Civil Veterinary Department Bihar & Orissa reports 1922-29 - 1922-1929
Year: 1922
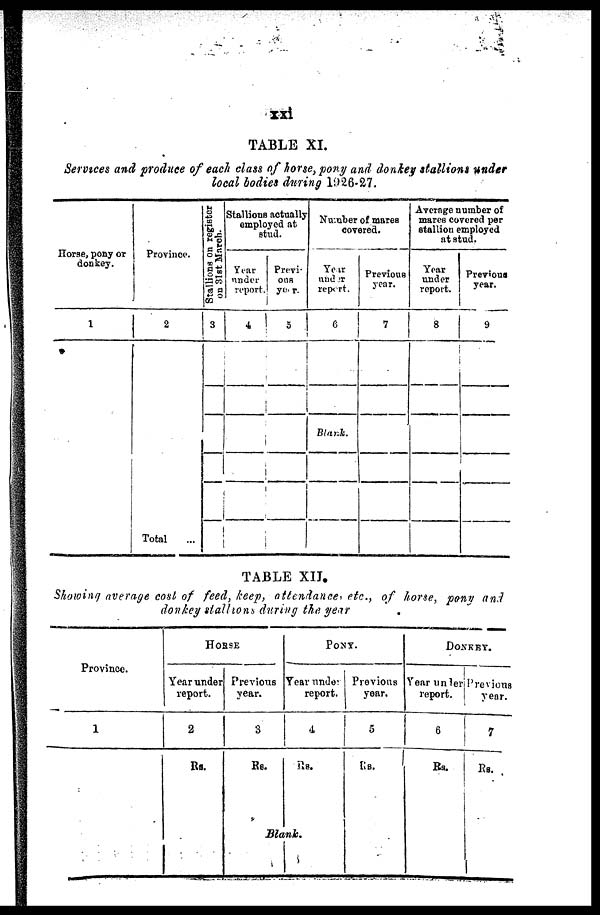
TABLE XI.
Services and produce of each class of horse, pony and donkey stallions under
local bodies during 1926-27.
Horse, pony or
donkey.
1
Province.
2
Total ...
Stallions on register
on 31st March.
3
Stallions actually
employed at.
staid.
Year ¬
under¬
report
4
Previ-
ous
year.
5
Number of mares
covered.
Year
under
report.
6
Blank.
Previous
year.
7
Average number of
mares covered per
stallion employed
at stud.
Year
under
report.
8
Previous
year.
9
TABLE XII.
Showing average cost of feed, keep, attendance, etc., of hone, pan?/ and
donkey stall-ions during the year
Province.
1
HORSE
Year under
report.
2
Rs.
Previous
year.
3
Rs.
PONY.
Year under
report.
4
Rs.
Blank.
Previous
year.
5
Rs.
DONKEY
Year under Previous
report.
year.
6
Rs.
7
Rs.